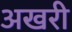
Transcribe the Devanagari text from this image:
अखरी